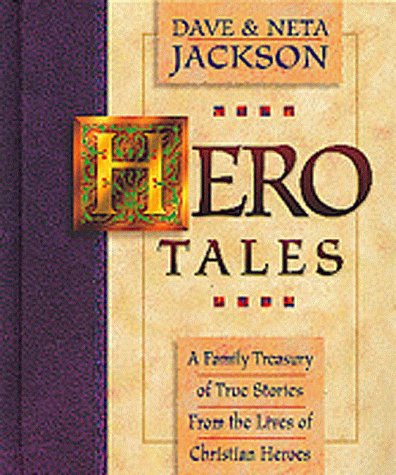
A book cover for Hero Tales (Vol 1); Dave Jackson; Children's Books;